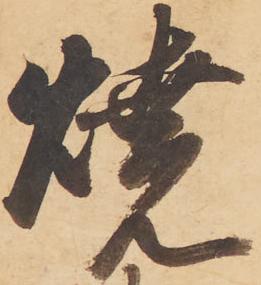
焼